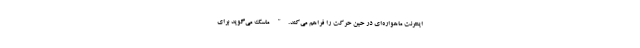
اینترنت ماهواره‌ای در حین حرکت را فراهم می‌کند." ماسک می‌گوید برای